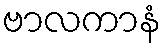
ဗာလကာနံ